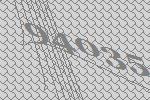
94035